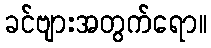
ခင်ဗျားအတွက်ရော။